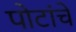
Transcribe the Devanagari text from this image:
पोटांचे